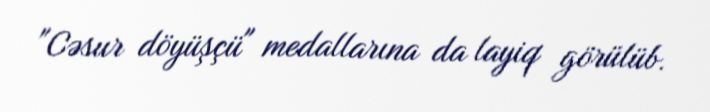
"Cəsur döyüşçü" medallarına da layiq görülüb.